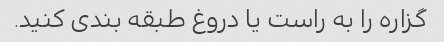
گزاره را به راست یا دروغ طبقه بندی کنید.